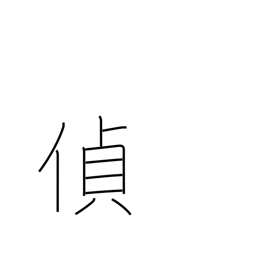
Meaning: spy